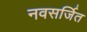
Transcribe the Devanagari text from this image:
नवसर्जित